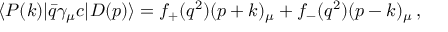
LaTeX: \langle P ( k ) | \bar { q } \gamma _ { \mu } c | D ( p ) \rangle = f _ { + } ( q ^ { 2 } ) ( p + k ) _ { \mu } + f _ { - } ( q ^ { 2 } ) ( p - k ) _ { \mu } \, ,